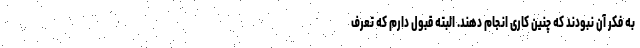
به فکر آن نبودند که چنین کاری انجام دهند. البته قبول دارم که تعرف